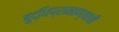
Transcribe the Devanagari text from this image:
बुद्धिप्रामाण्याची